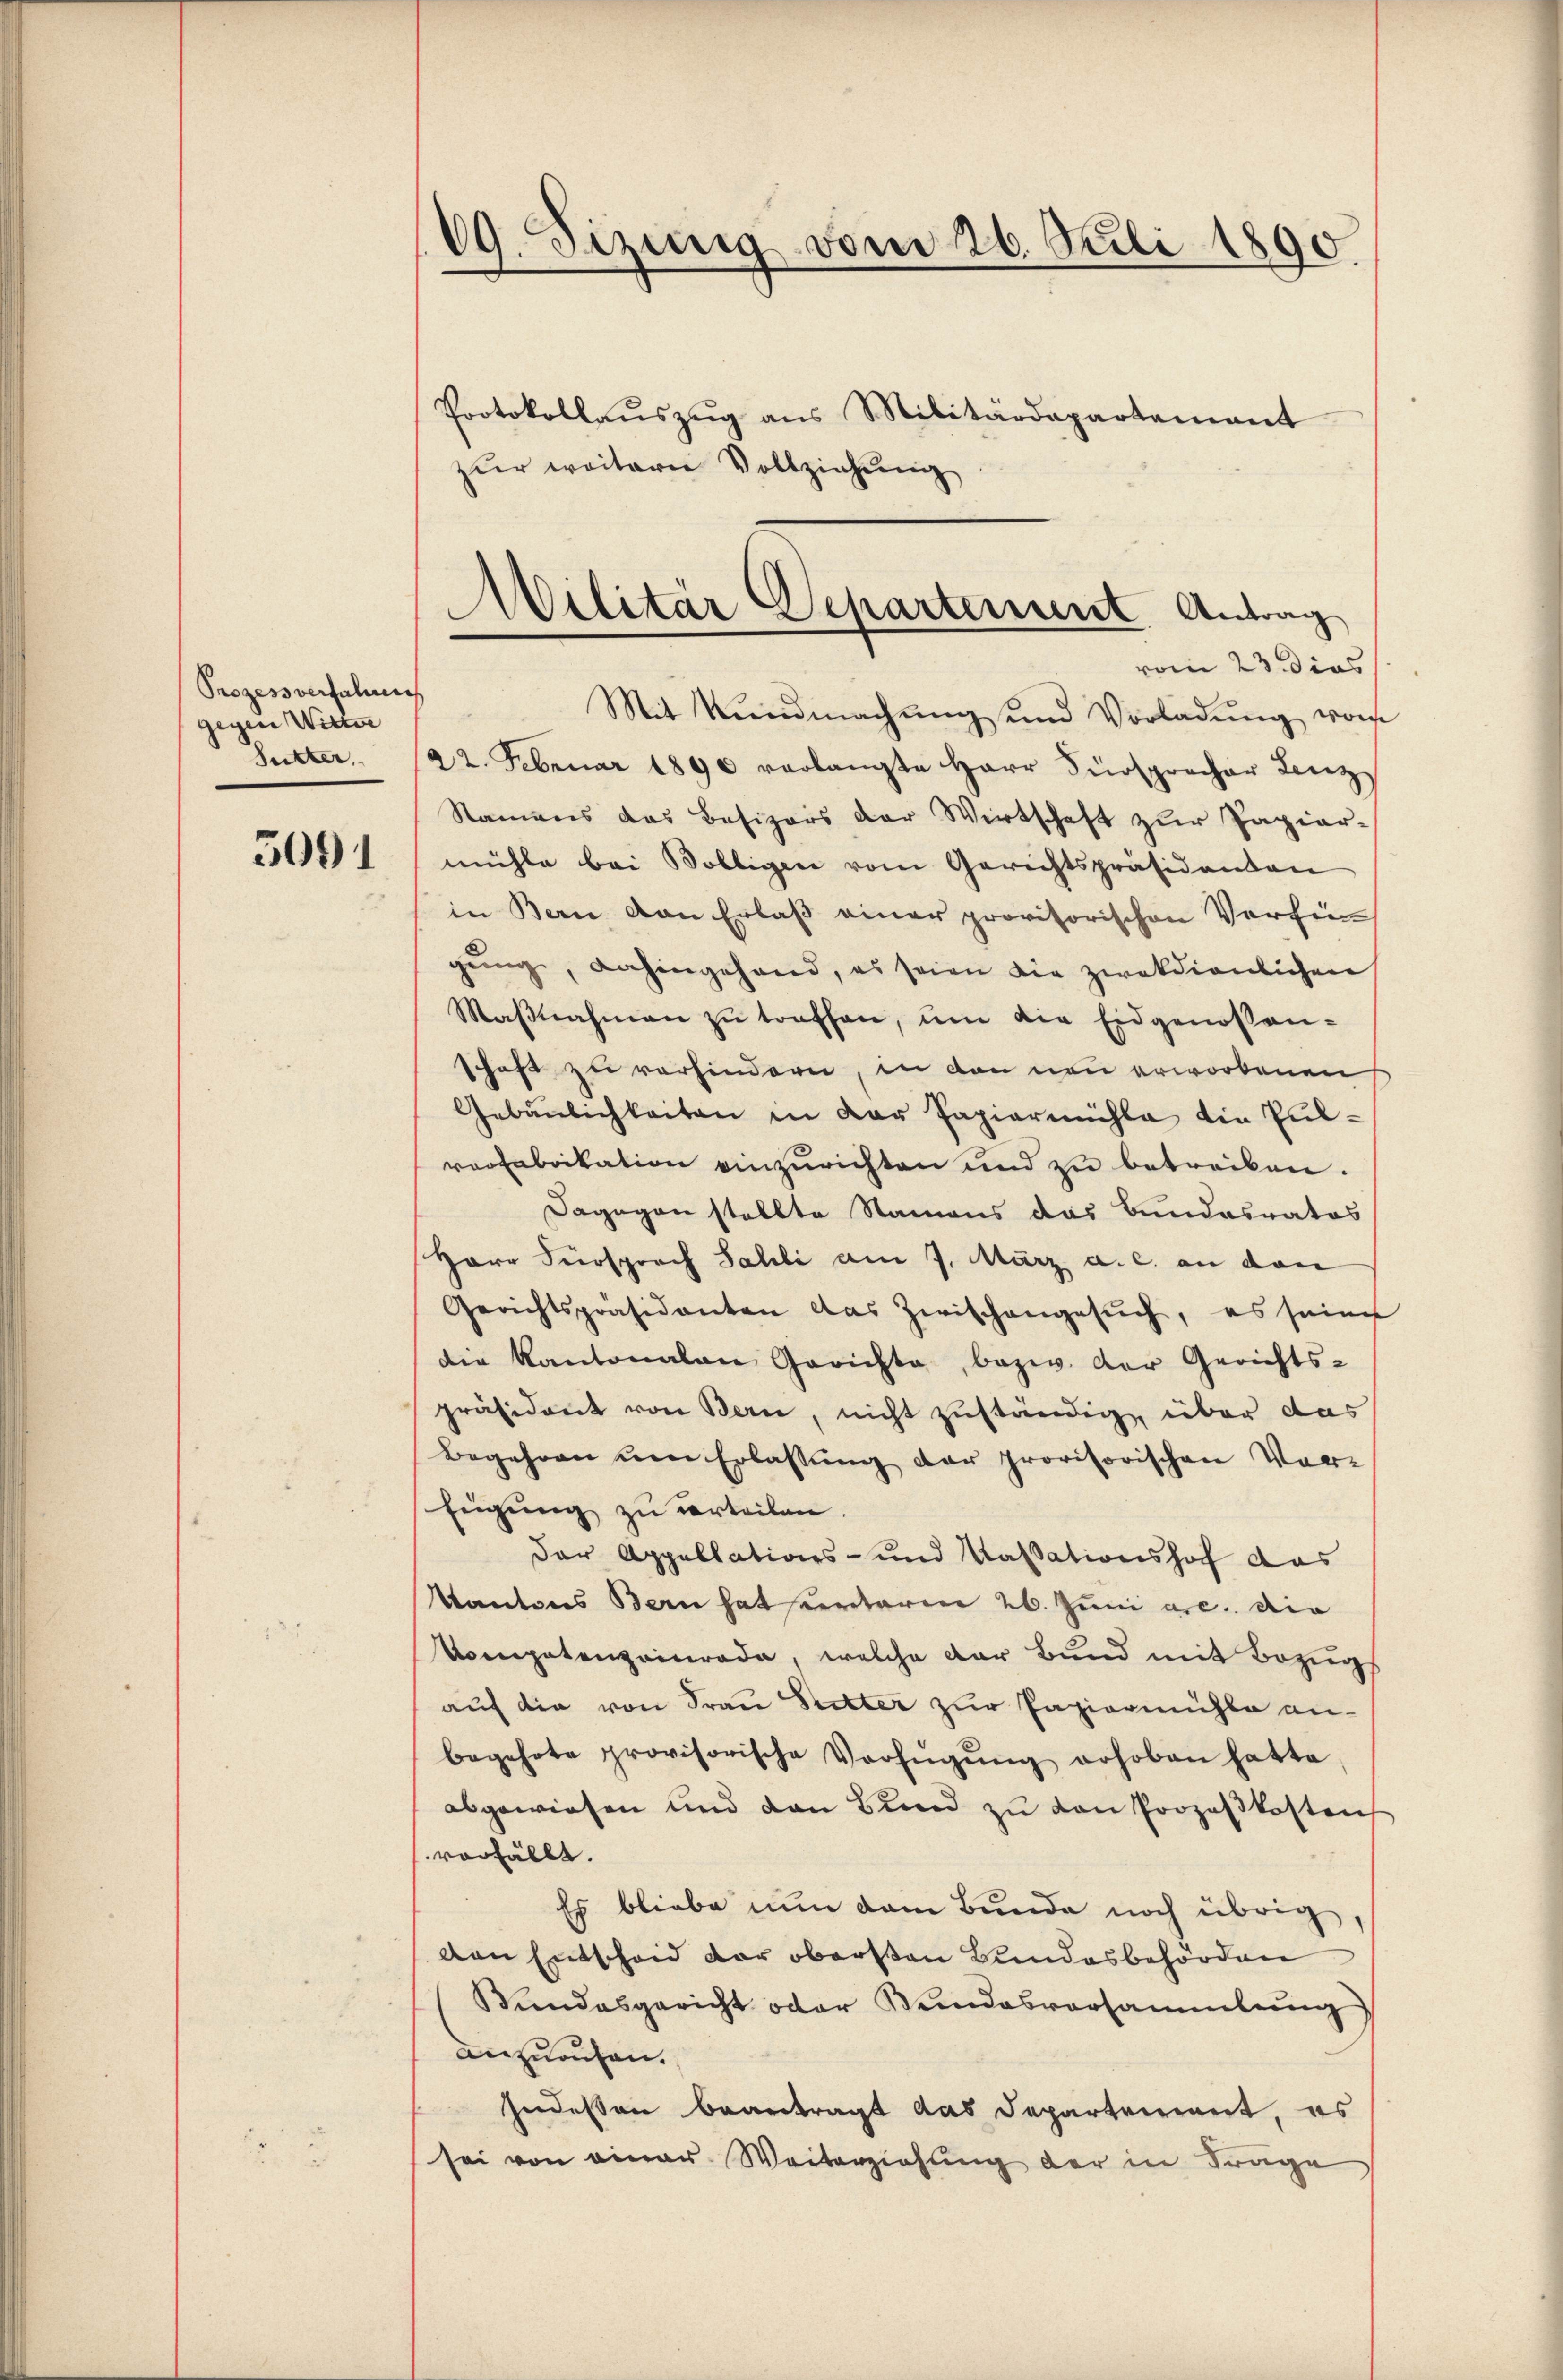
Prozessverfalunts
gegen Wittwe
Sutter

3091

19. Sizung vom 26. Juli 1890.
Protokollaŭszŭg ans Militärdepartamant
zŭr weitern Vollziehung

Mit Kŭndmachŭng und Vorladŭng vom
22. Februar 1890 verlangte Herr Fürsprecher Linz
Namens das Besizers der Wirtschaft zur Papier-
mühle bei Bolligen vom Gerichtspräsidenden
in Bern von Erlaβ einer provisorischen Verfü
gŭng, dahingehand, es seien die zwekdienlichen
Maβnahmen zŭ treffen, ŭm die Eidgenossen-
schaft zu vorhindern, in den neu erworbenen
Gebäŭlichkeiten in der Papiermühle die Pulrerfabrikation einzurichten und zu betreiben.
Dagegen stellte Namens das Bundesrates
Herr Fürsprach Sahli am 7. März a. c. an dan
Gerichtspräsidenten das Zwischengesŭch, es seines
die Kantonalen Gerichte, bezw. der Gerichts-
präsident von Bern, nicht zuständig, über das
Begehren ŭm Erlassŭng der provisorischen Vor-
Eugung zu verteilen.
Der Appellations- und Kassationshof das
Kantons Bern hat unterm 26. Juni a.c. die
Kompetenzainrade, welche der Bund mit Bezug
auf die von Frau Rechter zur Papiermühle an-
begehrte provisorische Verfügŭng erhoben hatte
abgewiesen und dan Bŭnd zŭ von Prozeßkosten
vorfällt.
Es bliebe nun dem Bunde noch übrig,
den Entscheid der obersten Bundesbehörden
Bŭndesgericht oder Bundesversammlung)
anzurufen.
Indessen beantragt das Departement, es
sei von einer Weiterziehung der in Frage

Militär Departement Antrag
vom 23. dies